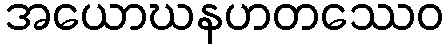
အယောဃနဟတဿေဝ